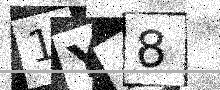
Text: 1YA8